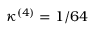
\kappa ^ { ( 4 ) } = 1 / 6 4